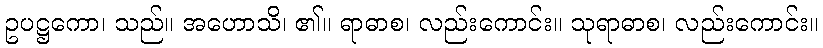
ဥပဋ္ဌကော၊ သည်။ အဟောသိ၊ ၏။ ရာဓာစ၊ လည်းကောင်း။ သုရာဓာစ၊ လည်းကောင်း။